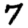
Digit: 7